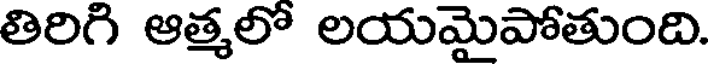
తిరిగి ఆత్మలో లయమైపోతుంది.